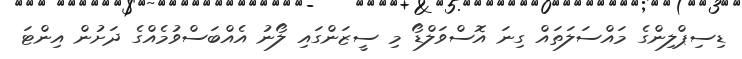
ޑިސިޕްލިންގެ މައްސަލަތައް ގިނަ އޮސްވަލްޑޯ މި ސީޒަންގައި ލޯނު އެއްބަސްވުމެއްގެ ދަށުން އިންޓަ